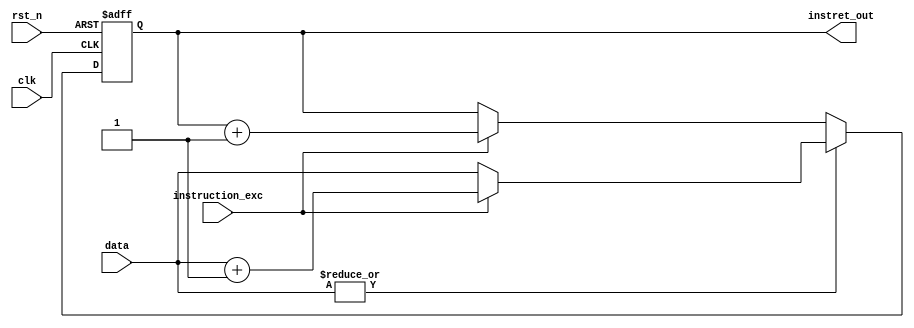
module instret_counter 

   #(parameter COUNT_LEN = 64)
   
   (input clk,
    input rst_n,
    input instruction_exc, //from decoder
    input [COUNT_LEN-1:0] data,
    output reg [COUNT_LEN-1:0] instret_out);


always @(posedge clk or negedge rst_n) begin
   if (!rst_n) instret_out = 0;

   else if (|data) begin
      instret_out = data;
      if (instruction_exc) instret_out = instret_out+1;
   end   

   else if (instruction_exc)
      instret_out = instret_out+1;

end
endmodule